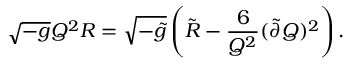
\sqrt { - g } Q ^ { 2 } R = \sqrt { - \tilde { g } } \left( \tilde { R } - \frac { 6 } { Q ^ { 2 } } ( \tilde { \partial } Q ) ^ { 2 } \right) .